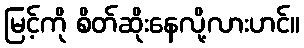
မြင့်ကို စိတ်ဆိုးနေလို့လားဟင်။